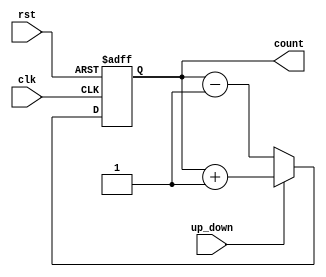
module up_down_counter (
    input wire clk,                 // Clock signal
    input wire rst,                 // Asynchronous reset
    input wire up_down,             // Up/Down control signal
    output reg [3:0] count          // 4-bit count output
);

    // Asynchronous reset and counting logic
    always @(posedge clk or posedge rst) begin
        if (rst) begin
            // Reset the counter to 0
            count <= 4'b0000;
        end else begin
            // Count up or down based on the up_down signal
            if (up_down) begin
                // Count up
                count <= count + 1'b1;
            end else begin
                // Count down
                count <= count - 1'b1;
            end
        end
    end

endmodule